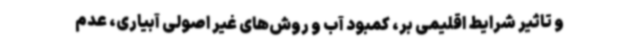
و تاثیر شرایط اقلیمی بر، کمبود آب و روش‌های غیر اصولی آبیاری، عدم